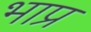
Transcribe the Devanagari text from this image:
भाप्र